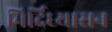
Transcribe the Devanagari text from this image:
निर्दिध्यासन